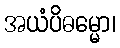
အယံပိဓမ္မော၊